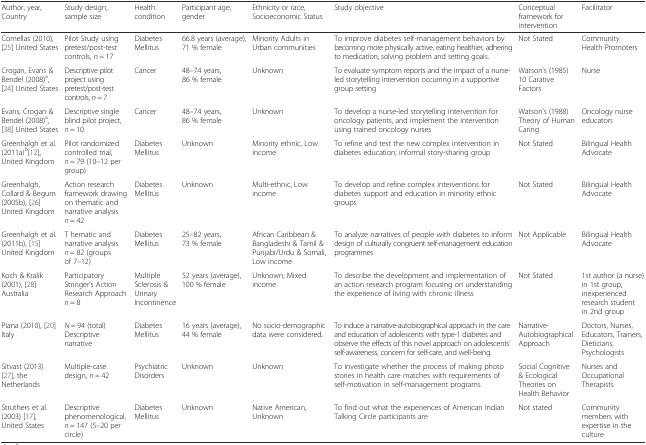
<table><thead><tr><td><b>Author, year, Country</b></td><td><b>Study design, sample size</b></td><td><b>Health condition</b></td><td><b>Participant age, gender</b></td><td><b>Ethnicity or race, Socioeconomic Status</b></td><td><b>Study objective</b></td><td><b>Conceptual framework for intervention</b></td><td><b>Facilitator</b></td></tr></thead><tbody><tr><td>Comellas (2010), [25] United States</td><td>Pilot Study using pretest/post-test controls, <i>n</i> = 17</td><td>Diabetes Mellitus</td><td>66.8 years (average), 71 % female</td><td>Minority Adults in Urban communities</td><td>To improve diabetes self-management behaviors by becoming more physically active, eating healthier, adhering to medication, solving problem and setting goals.</td><td>Not Stated</td><td>Community Health Promoters</td></tr><tr><td>Crogan, Evans &amp; Bendel (2008)<sup>a</sup>, [24] United States</td><td>Descriptive pilot project using pretest/post-test controls, <i>n</i> = 7</td><td>Cancer</td><td>48–74 years, 86 % female</td><td>Unknown</td><td>To evaluate symptom reports and the impact of a nurse-led storytelling intervention occurring in a supportive group setting</td><td>Watson’s (1985) 10 Carative Factors</td><td>Nurse</td></tr><tr><td>Evans, Crogan &amp; Bendel (2008)<sup>a</sup>, [38] United States</td><td>Descriptive single blind pilot project, <i>n</i> = 10</td><td>Cancer</td><td>48–74 years, 86 % female</td><td>Unknown</td><td>To develop a nurse-led storytelling intervention for oncology patients, and implement the intervention using trained oncology nurses</td><td>Watson’s (1988) Theory of Human Caring</td><td>Oncology nurse educators</td></tr><tr><td>Greenhalgh et al. (2011a)<sup>b</sup>[12], United Kingdom</td><td>Pilot randomized controlled trial, <i>n</i> = 79 (10–12 per group)</td><td>Diabetes Mellitus</td><td>Unknown</td><td>Minority ethnic, Low income</td><td>To refine and test the new complex intervention in diabetes education; informal story-sharing group</td><td>Not Stated</td><td>Bilingual Health Advocate</td></tr><tr><td>Greenhalgh, Collard &amp; Begum (2005b), [26] United Kingdom</td><td>Action research framework drawing on thematic and narrative analysis <i>n</i> = 42</td><td>Diabetes Mellitus</td><td>Unknown</td><td>Multi-ethnic, Low income</td><td>To develop and refine complex interventions for diabetes support and education in minority ethnic groups</td><td>Not Stated</td><td>Bilingual Health Advocate</td></tr><tr><td>Greenhalgh et al. (2011b), [15] United Kingdom</td><td>T hematic and narrative analysis <i>n</i> = 82 (groups of 7–12)</td><td>Diabetes Mellitus</td><td>25–82 years, 73 % female</td><td>African Caribbean &amp; Bangladeshi &amp; Tamil &amp; Punjabi/Urdu &amp; Somali, Low income</td><td>To analyze narratives of people with diabetes to inform design of culturally congruent self-management education programmes</td><td>Not Applicable</td><td>Bilingual Health Advocate</td></tr><tr><td>Koch &amp; Kralik (2001), [28] Australia</td><td>Participatory Stringer’s Action Research Approach <i>n</i> = 8</td><td>Multiple Sclerosis &amp; Urinary Incontinence</td><td>52 years (average), 100 % female</td><td>Unknown, Mixed income</td><td>To describe the development and implementation of an action research program focusing on understanding the experience of living with chronic illness</td><td>Not Stated</td><td>1st author (a nurse) in 1st group, inexperienced research student in 2nd group</td></tr><tr><td>Piana (2010), [20] Italy</td><td><i>N</i> = 94 (total) Descriptive narrative</td><td>Diabetes Mellitus</td><td>16 years (average), 44 % female</td><td>No socio-demographic data were considered.</td><td>To induce a narrative-autobiographical approach in the care and education of adolescents with type-1 diabetes and observe the effects of this novel approach on adolescents’ self-awareness, concern for self-care, and well-being.</td><td>Narrative-Autobiographical Approach</td><td>Doctors, Nurses, Educators, Trainers, Dieticians, Psychologists</td></tr><tr><td>Sitvast (2013) [27], the Netherlands</td><td>Multiple-case design, <i>n</i> = 42</td><td>Psychiatric Disorders</td><td>Unknown</td><td>Unknown</td><td>To investigate whether the process of making photo stories in health care matches with requirements of self-motivation in self-management programs</td><td>Social Cognitive &amp; Ecological Theories on Health Behavior</td><td>Nurses and Occupational Therapists</td></tr><tr><td>Struthers et al. (2003) [17], United States</td><td>Descriptive phenomenological, <i>n</i> = 147 (5–20 per circle)</td><td>Diabetes Mellitus</td><td>Unknown</td><td>Native American, Unknown</td><td>To find out what the experiences of American Indian Talking Circle participants are</td><td>Not stated</td><td>Community members with expertise in the culture</td></tr></tbody></table>